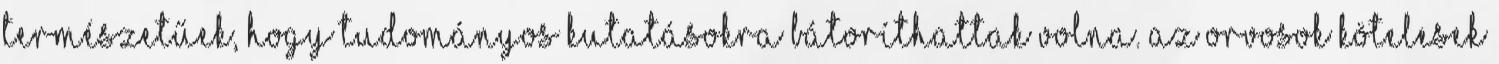
természetűek, hogy tudományos kutatásokra bátoríthattak volna. Az orvosok kötelesek